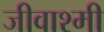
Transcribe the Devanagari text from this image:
जीवाश्मी